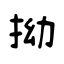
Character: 拗